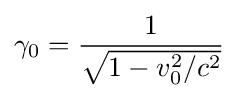
\gamma _{0}={\frac {1}{\sqrt {1-v_{0}^{2}/c^{2}}}}